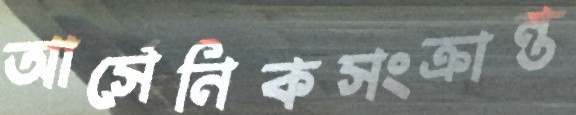
আর্সেনিকসংক্রান্ত